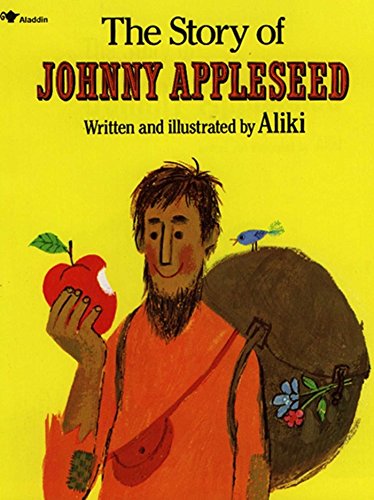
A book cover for The Story of Johnny Appleseed; Aliki; Children's Books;